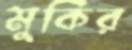
মুকির